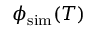
\phi _ { \mathrm { s i m } } ( T )